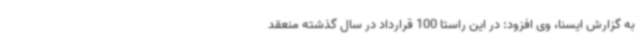
به گزارش ایسنا، وی افزود: در این راستا 100 قرارداد در سال گذشته منعقد